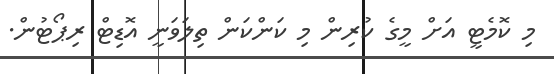
މި ކޮމެޓީ އަށް މީގެ ކުރިން މި ކަންކަން ތިލަވަނީ އޮޑިޓް ރިޕޯޓުން.